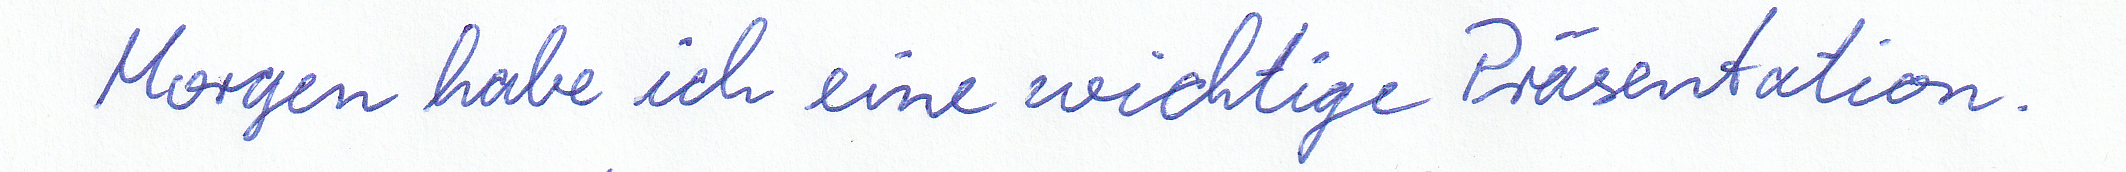
Morgen habe ich eine wichtige Präsentation.